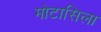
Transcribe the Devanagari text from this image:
मोटासिला